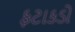
ફટાકડો